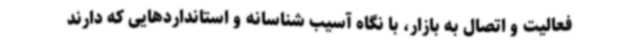
فعالیت و اتصال به بازار، با نگاه آسیب شناسانه و استانداردهایی که دارند